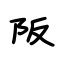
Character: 阪